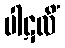
ပါဋလိံ